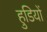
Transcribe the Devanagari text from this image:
हुडियों